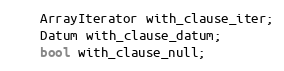
Language: C
	ArrayIterator with_clause_iter;
	Datum with_clause_datum;
	bool with_clause_null;